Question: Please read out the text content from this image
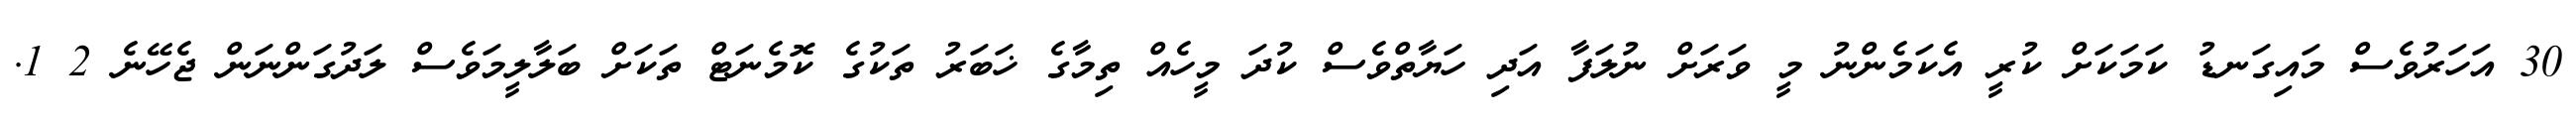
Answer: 30 އަހަރުވެސް މައިގަނޑު ކަމަކަށް ކުރީ އެކަމެންނު މީ ވަރަށް ނުލަފާ އަދި ހަޔާތްވެސް ކުދަ މީހެއް ތިމާގެ ޚަބަރު ތަކުގެ ކޮމެނަޓް ތަކަށް ބަލާލީމަވެސް ލަދުގަންނަން ޖެހޭނެ 2 1.